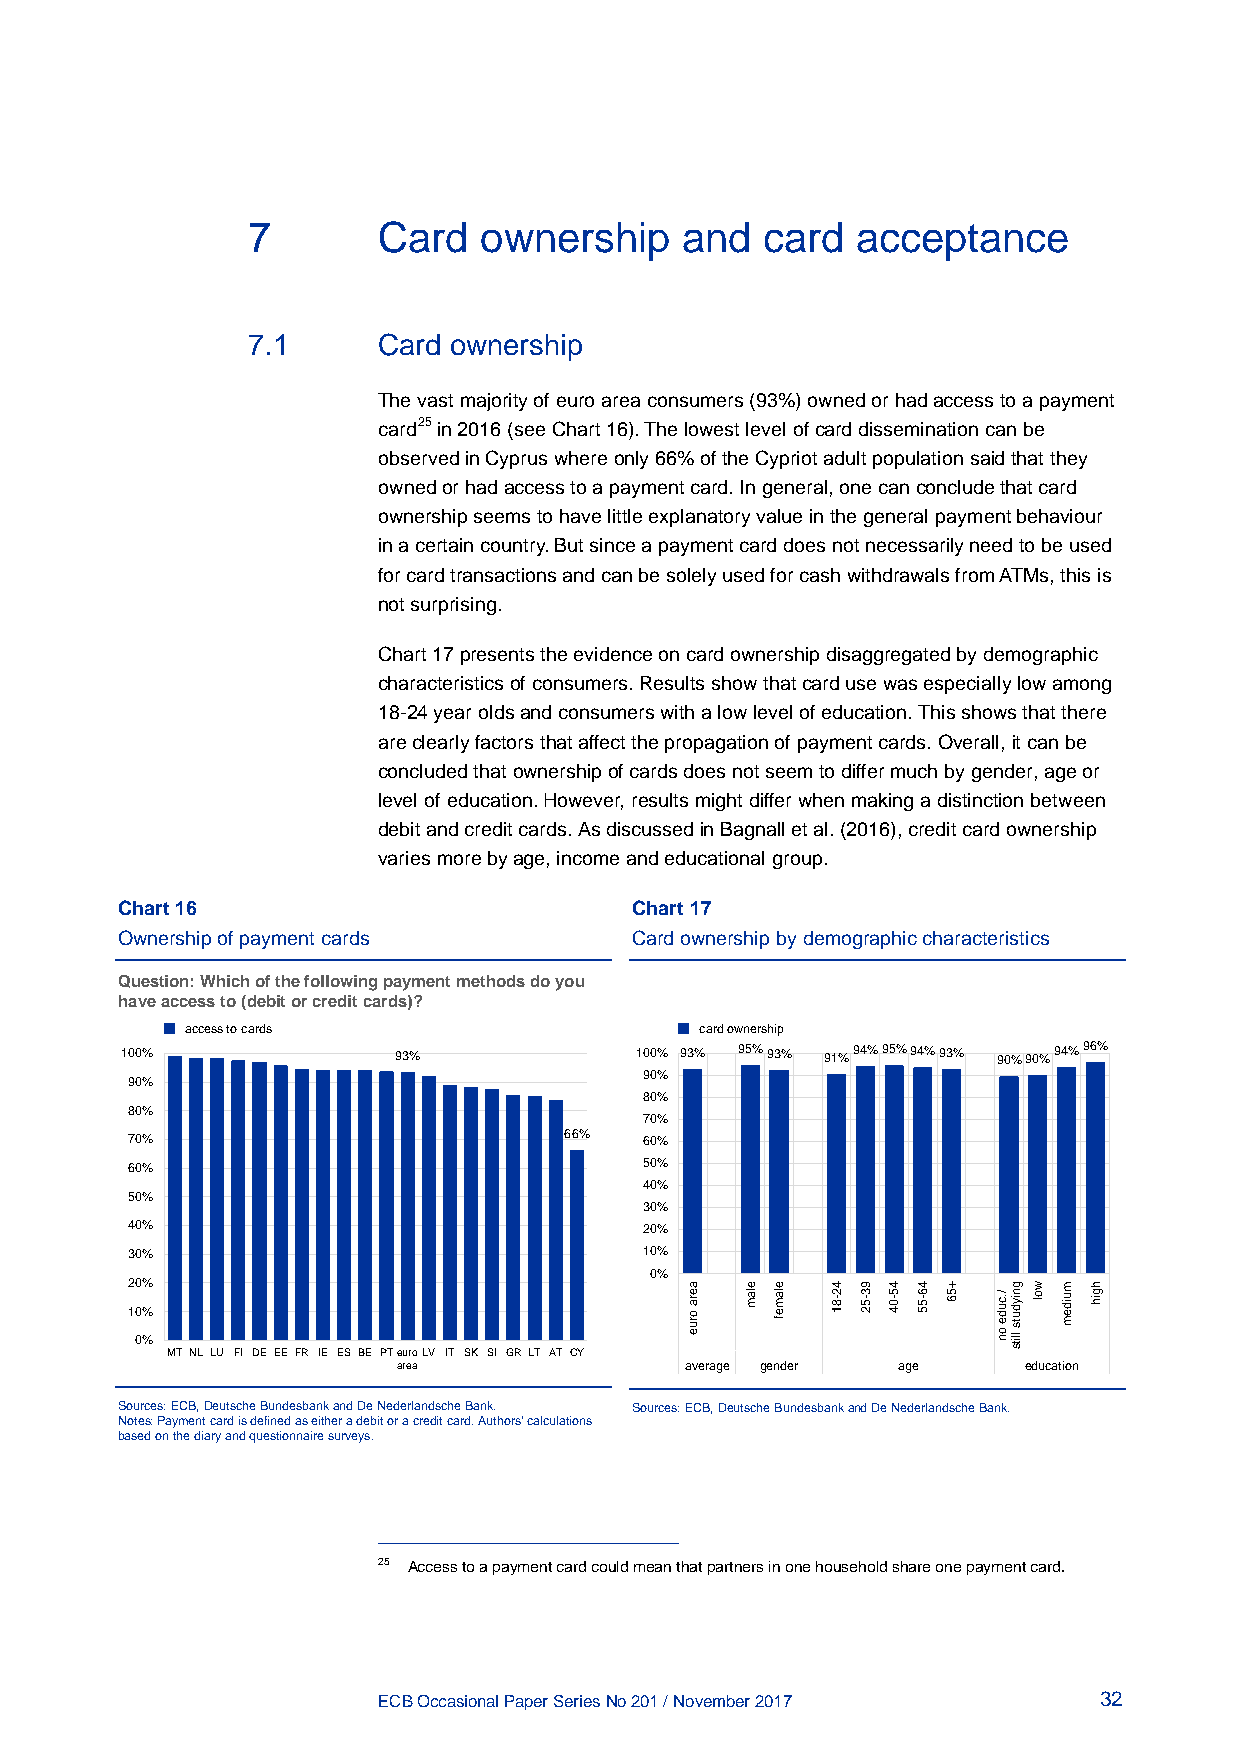
7        Card   ownership    and  card   acceptance
 7.1      Card ownership
 The vast majority of euro area consumers (93%) owned or had access to a payment
 card25 in 2016 (see Chart 16). The lowest level of card dissemination can be
 observed in Cyprus where only 66% of the Cypriot adult population said that they
 owned or had access to a payment card. In general, one can conclude that card
 ownership seems to have little explanatory value in the general payment behaviour
 in a certain country. But since a payment card does not necessarily need to be used
 for card transactions and can be solely used for cash withdrawals from ATMs, this is
 not surprising.
 Chart 17 presents the evidence on card ownership disaggregated by demographic
 characteristics of consumers. Results show that card use was especially low among
 18-24 year olds and consumers with a low level of education. This shows that there
 are clearly factors that affect the propagation of payment cards. Overall, it can be
 concluded that ownership of cards does not seem to differ much by gender, age or
 level of education. However, results might differ when making a distinction between
 debit and credit cards. As discussed in Bagnall et al. (2016), credit card ownership
 varies more by age, income and educational group.
 Chart 16                          Chart 17
 Ownership of payment cards        Card ownership by demographic characteristics
 Question: Which of the following payment methods do you
 have access to (debit or credit cards)?
 access to cards                   card ownership
 100%              93%             100% 93% 95%93% 91%94%95%94%93% 90%90%94%96%
 90%
 90%
 80%
 80%
 70%
 70%                          66%   60%
 60%                                50%
 40%
 50%
 30%
 40%                                20%
 30%                                10%
 0%
 20%
 10%
 0%
 MT NL LU FI DE EE FR IE ES BE PTeuroLV IT SK SI GR LT AT CY
 area               average gender age     education
 Sources: ECB, Deutsche Bundesbank and De Nederlandsche Bank. Sources: ECB, Deutsche Bundesbank and De Nederlandsche Bank.
 Notes: Payment card is defined as either a debit or a credit card. Authors’ calculations
 based on the diary and questionnaire surveys.
 25 Access to a payment card could mean that partners in one household share one payment card.
 ECB Occasional Paper Series No 201 / November 2017 32
 aera
 orue
 elam elamef 42-81 93-52 45-04 46-55 +56
 /.cude
 on
 gniyduts
 llits
 wol muidem hgih